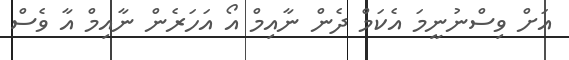
އަށް ވިސްނުނީމަ އެކަމް ދެން ނާއިމް އޯ އަހަރެން ނާއިމް އާ ވެސް